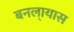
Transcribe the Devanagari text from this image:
बनला्यास